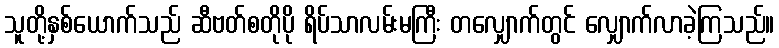
သူတို့နှစ်ယောက်သည် ဆီဗတ်စတိုပို ရိပ်သာလမ်းမကြီး တလျှောက်တွင် လျှောက်လာခဲ့ကြသည်။